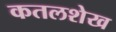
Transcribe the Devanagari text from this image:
कतलशेख